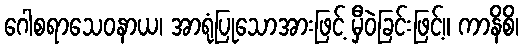
ဂေါစရာသေဝနာယ၊ အာရုံပြုသောအားဖြင့် မှီဝဲခြင်းဖြင့်။ ကာနိစိ၊